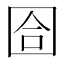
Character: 𡇞